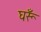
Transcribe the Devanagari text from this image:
घरूँ